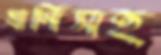
যানিসহ